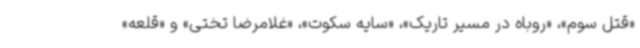
«قتل سوم»، «روباه در مسیر تاریک»، «سایه سکوت»، «غلامرضا تختی» و «قلعه»